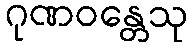
ဂုဏဝန္တေသု